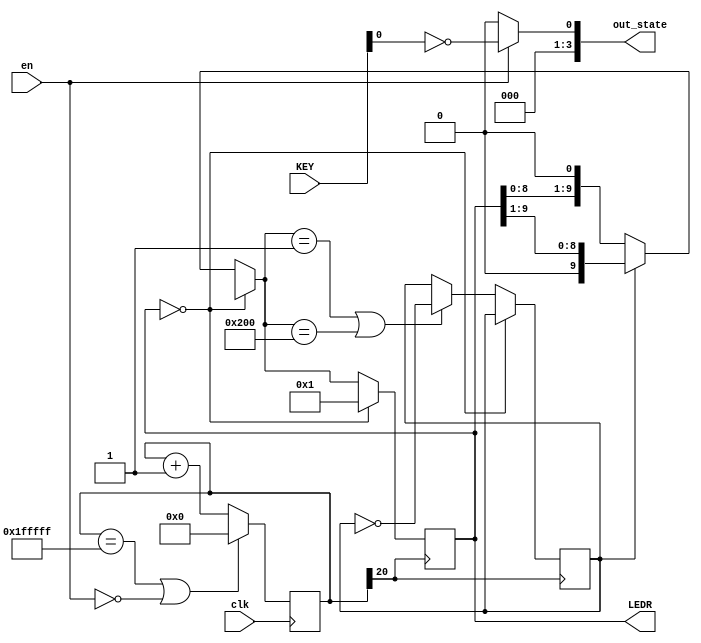
module default_state(
	input						en,
	input 					clk,
	input				[1:0] KEY,
	output	reg	[9:0] LEDR,
	output	wire	[3:0] out_state
);

//assign LEDR = 10'h2AA;
reg dir;
reg sw_db;

reg [20:0] clk_cnt;
always @(posedge clk)
begin
	if (clk_cnt == 22'h1fffff || !en)
		clk_cnt = 0;
	else
		clk_cnt = clk_cnt + 1;
	
end // clk

always @(posedge clk_cnt[20])
begin
	if (LEDR == 0)
		LEDR <= 1;
	else
	begin
		if (dir == 1)
			LEDR = LEDR >> 1;
		else
			LEDR = LEDR << 1;
			
		if (LEDR == 1 || LEDR == 10'b1000000000)
			dir = !dir;
	end
end

assign out_state = en ? !KEY[0] : 0;

endmodule